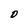
Character: D